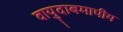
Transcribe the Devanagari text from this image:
वायुदाबमापीय